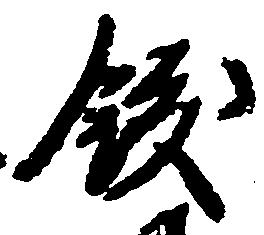
飫